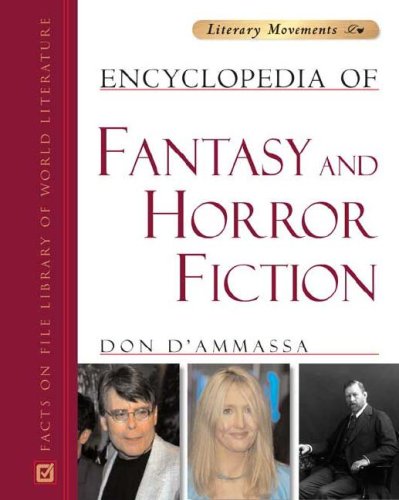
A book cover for Encyclopedia of Fantasy And Horror Fiction (Literary Movements); Don D'Ammassa; Reference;